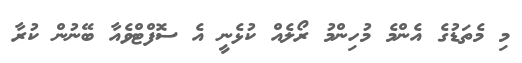
މި މެތަޑުގެ އެންމެ މުހިންމު ރޯލެއް ކުޅެނީ އެ ސޮފްޓްވެއާ ބޭނުން ކުރާ